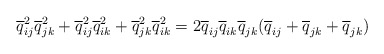
\begin{gather*}\overline{q}_{ij}^2 \overline{q}_{jk}^2+\overline{q}_{ij}^2\overline{q}_{ik}^2+\overline{q}_{jk}^2 \overline{q}_{ik}^2 = 2 \overline{q}_{ij} \overline{q}_{ik} \overline{q}_{jk}(\overline{q}_{ij} + \overline{q}_{jk}+\overline{q}_{jk})\end{gather*}